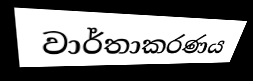
වාර්තාකරණය